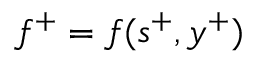
f ^ { + } = f ( s ^ { + } , y ^ { + } )